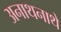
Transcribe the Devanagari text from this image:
अनाथनाथे